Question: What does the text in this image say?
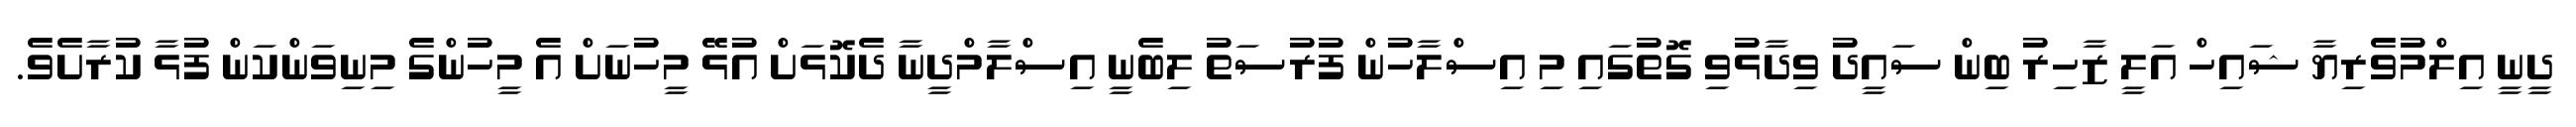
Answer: ދީނީ އިލްމުވެރިޔާ ޝައިހް އަލީ ޒާހިރު ބިން ސައީދު ވިދާޅުވި ގޮތުގައި މި އިސްލާހުން ފުރުސަތު ލިބެނީ އިސްލާމްދީނާ ދެކޮޅަށް އުޅޭ މީހުނަށް އެ މީހުންގެ މިނިވަންކަން ފުޅާ ކުރާށެވެ.